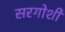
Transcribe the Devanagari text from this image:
सरगोशी